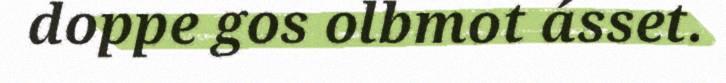
doppe gos olbmot ásset.